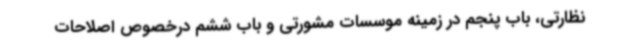
نظارتی، باب پنجم در زمینه‌ موسسات مشورتی و باب ششم درخصوص اصلاحات